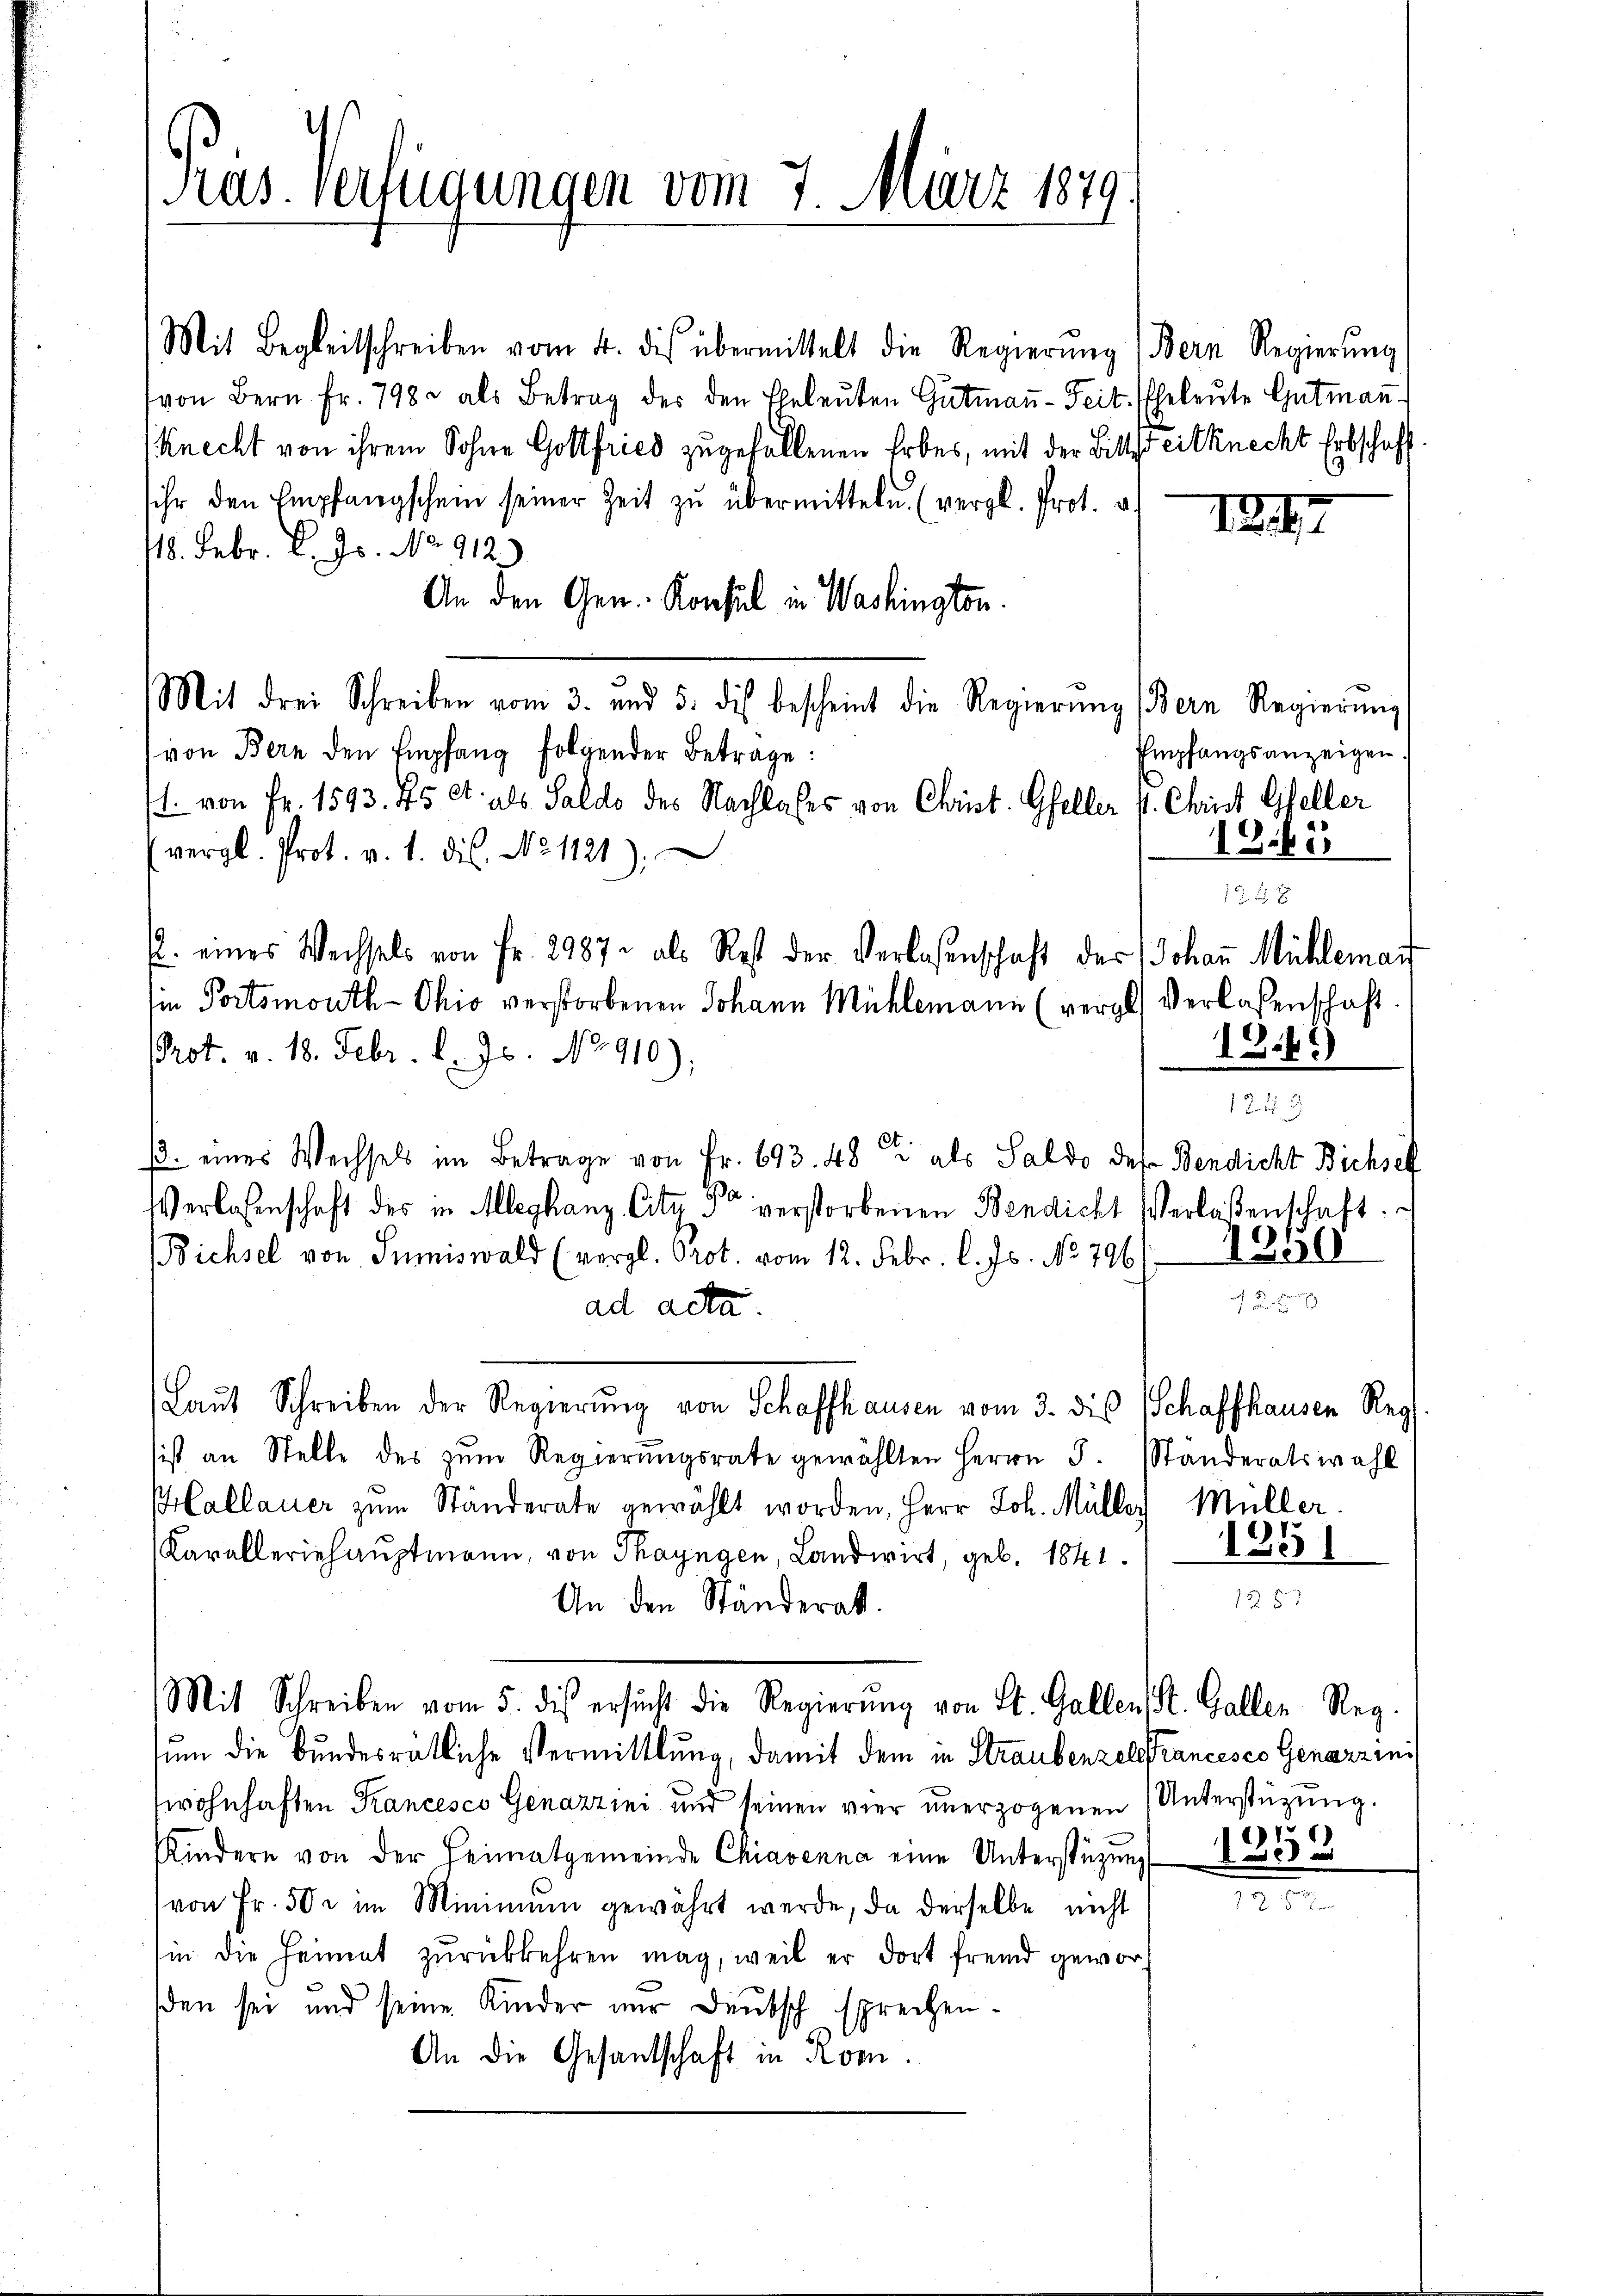
Kas. Verfügungen vom 7. März 1879.

Mit Begleitschreiben vom 4. des übermittelt die Regierŭng ) Bern Regierŭng
von Bern Fr. 798. als Betrag des den Eheleuten Gutmaṅ-Feit. Eheleute Gutmann
Knecht von ihrem Sohne Gottfried zugefallenen Erbes, mit der Bittsteitknecht Erbschaff
sihr den Empfangschein seiner Zeit zŭ übermitteln. (vergl. Prot. a.
118. Febr. l. Js. No. 912)
An den Gen. Konsul in Washington.
Mit drei Schreiben vom 3. und 5. dis bescheint die Regierŭng (Bern Regierŭng
von Bern den Empfang folgender Betrage:
/. von Fr. 1593. 75 Ct. als Saldo des Nachlafes von Christ. Gfeller s. Christ Gfeller
vergl. Prot. v. 1. ds. No 1121)
2. eines Wechsels von Fr. 2987 als Rest der Verlesenschaft des Johann Mühleman
ie Portsmouth - Ohio verstorbenen Johann Mühlemann (vergl. Verlassenschaft.
Prot. v. 18. Febr. l. Js. No 910);
p. eines Wechsels im Betrage von Fr. 693. 482 als Saldo des Bendicht Bichsel
Verlassenschaft des in Aleghanz, Cita Po verstorbenen Bendicht Verlaßenschaft.
Bichsel von Sumiswald (vergl. Prot. vom 12. Febr. l. Js. No 796/1880
ad acta.
Laŭt Schreiben der Regierung von Schaffhausen vom 3. die Schaffhausen Reg
sist an Stelle des zŭm Regierŭngsrate gewählten Herrn J. Standeratswahl
allauer zŭm Ständerate gewählt worden, Herr Joh. Müller Müller
Karalleriehaŭptmann, von Thayngen, Landwirt, geb. 1841. 1285)
An den Ständerat.
Mit Schreiben vom 5. dis ersŭcht die Regierŭng von St. Gallen St. Galler Reg.
sum die bundesrätliche Vermittlung, damit dem in Straubenzellancesco Genazzini
wohnhaften Kancesco Genazzini und seinen vier unerzogenen Unterstützung.
Kindern von der Heimatgemeinde Chiavenna eine Unterstützung
von Fr. 50 r im Minimŭm gewährt werde, da derselbe nicht
sin die Heimat zurückkehren mag, weil er dort fremd geworden sei und seine Kinder nur Deutsch sprechen¬
An die Gesantschaft in Rom.

12

Empfangsanzeigen.
1845
24 x

d

12

)

1249

)

u.